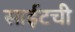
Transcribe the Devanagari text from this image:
साईटची